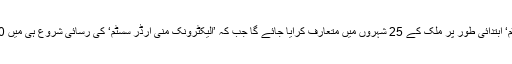
’ون ڈے ڈلیوری سسٹم‘ ابتدائی طور پر ملک کے 25 شہروں میں متعارف کرایا جائے گا جب کہ ’الیکٹرونک منی آرڈر سسٹم‘ کی رسائی شروع ہی میں 80 شہروں تک ہوگی۔